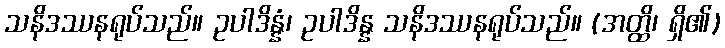
သနိဒဿနရုပ်သည်။ ဥပါဒိန္နံ၊ ဥပါဒိန္န သနိဒဿနရုပ်သည်။ (အတ္ထိ၊ ရှိ၏)